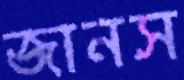
জানস